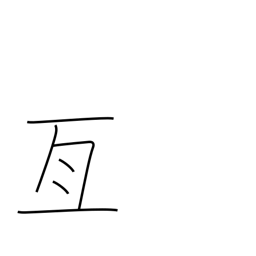
Meaning: cover